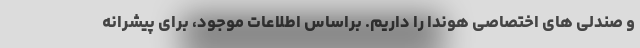
و صندلی های اختصاصی هوندا را داریم. براساس اطلاعات موجود، برای پیشرانه